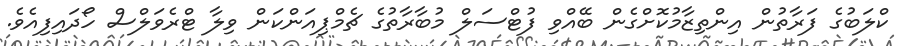
ކްލަބުގެ ފަރާތުން އިންތިޒާމުކޮށްގެން ބޭއްވި ފުޓްސަލް މުބާރާތުގެ ޗެމްޕިއަންކަން ވިލާ ޓްރެވަލްސް ހޯދައިފިއެވެ.